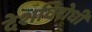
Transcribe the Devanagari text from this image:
देशविरोधी